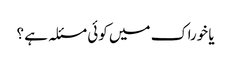
یا خوراک میں کوئی مسئلہ ہے ؟